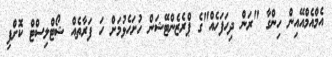
އެމްއެމްއޭއިން ހިންގާ "ރަން ދިހަފަހެއް"ގެ ޕްރެޒެންޓޭޝަން ހުށަހެޅުމަށް ހަ ފަރާތެއް ޝޯޓްލިސްޓް ކޮށްފި